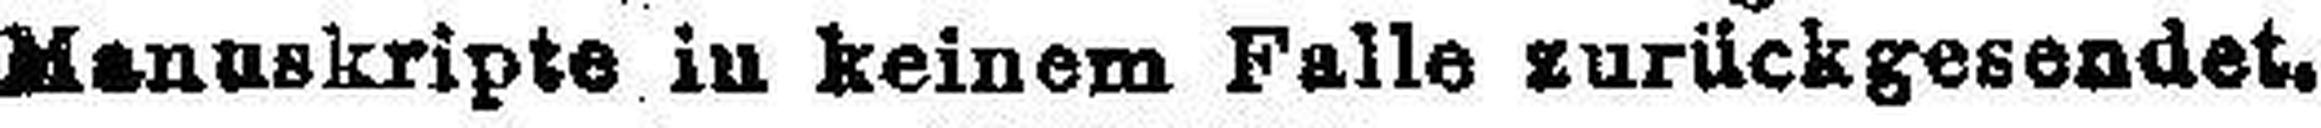
Manuskripte in keinem Falle zurückgesendet.